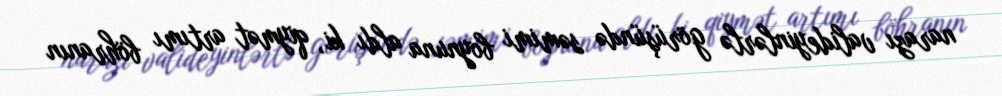
narazı valideyinlərlə görüşündə səmimi boynuna aldı ki, qiymət artımı böhranın